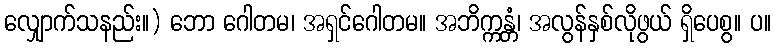
လျှောက်သနည်း။) ဘော ဂေါတမ၊ အရှင်ဂေါတမ။ အဘိက္ကန္တံ၊ အလွန်နှစ်လိုဖွယ် ရှိပေစွ။ ပ။